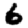
Digit: 6